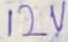
Text: 12V